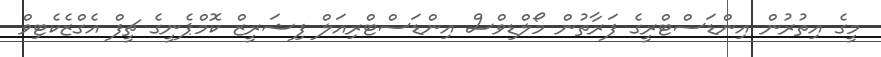
މީގެ އިތުރުން އިންޑަސްޓްރީގެ ފަރާތުން މޯލްޑިވްސް އިންޑަސްޓްރިއަލް ފިޝަރީޒް ކޮމްޕެނީގެ ޗީފް އެގްޒެކެޓިވް